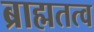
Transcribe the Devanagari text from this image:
ब्राह्मतत्व